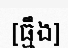
[ធ្មឹង]